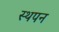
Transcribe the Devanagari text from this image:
स्थपन